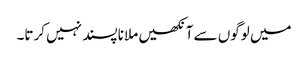
میں لوگوں سے آنکھیں ملانا پسند نہیں کرتا۔